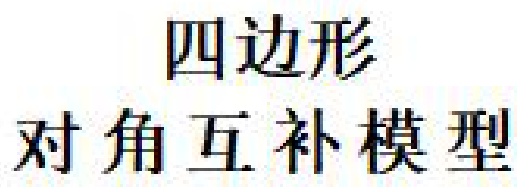
四边形
对角互补模型